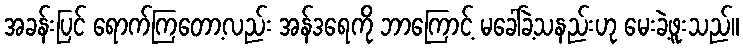
အခန်းပြင် ရောက်ကြတော့လည်း အန်ဒရေကို ဘာကြောင့် မခေါ်ခဲ့သနည်းဟု မေးခဲ့ဖူးသည်။